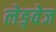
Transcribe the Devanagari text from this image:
लेङ्वेज